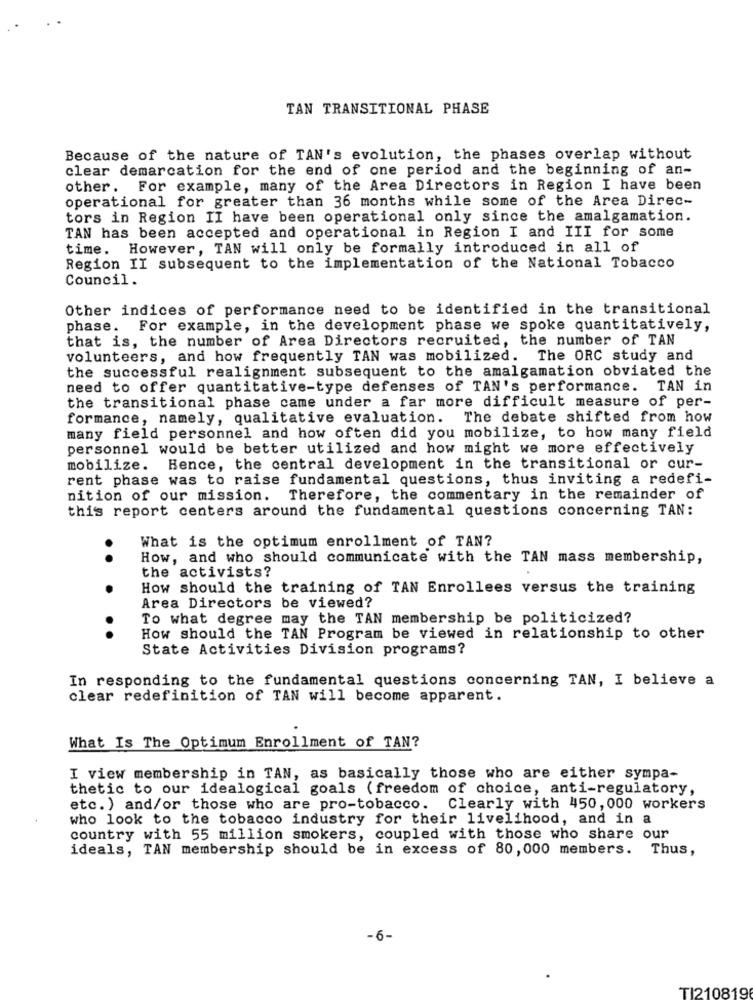
TAN TRANSITIONAL PHASE
Because of the nature of TAN's evolution, the phases overlap without
clear demarcation for the end of one period and the beginning of an-
other. For example, many of the Area Directors in Region I have been
operational for greater than 36 months while some of the Area Direc-
tors in Region II have been operational only since the amalgamation.
TAN has been accepted and operational in Region I and III for some
time. However, TAN will only be formally introduced in all of
Region II subsequent to the implementation of the National Tobacco
Council.
Other indices of performance need to be identified in the transitional
phase. For example, in the development phase we spoke quantitatively,
that is, the number of Area Directors recruited, the number of TAN
volunteers, and how frequently TAN was mobilized. The ORC study and
the successful realignment subsequent to the amalgamation obviated the
need to offer quantitative-type defenses of TAN's performance. TAN in
the transitional phase came under a far more difficult measure of per-
formance, namely, qualitative evaluation. The debate shifted from how
many field personnel and how often did you mobilize, to how many field
personnel would be better utilized and how might we more effectively
mobilize. Hence, the central development in the transitional or cur-
rent phase was to raise fundamental questions, thus inviting a redefi-
nition of our mission. Therefore, the commentary in the remainder of
this report centers around the fundamental questions concerning TAN:
What is the optimum enrollment of TAN?
How, and who should communicate with the TAN mass membership,
..
the activists?
How should the training of TAN Enrollees versus the training
.
Area Directors be viewed?
To what degree may the TAN membership be politicized?
..
How should the TAN Program be viewed in relationship to other
State Activities Division programs?
In responding to the fundamental questions concerning TAN, I believe a
clear redefinition of TAN will become apparent.
What Is The Optimum Enrollment of TAN?
I view membership in TAN, as basically those who are either sympa-
thetic to our idealogical goals (freedom of choice, anti-regulatory,
etc. ) and/or those who are pro-tobacco.
Clearly with 450, 000 workers
who look to the tobacco industry for their livelihood, and in a
country with 55 million smokers, coupled with those who share our
ideals, TAN membership should be in excess of 80, 000 members.
Thus,
-6-
TI210819